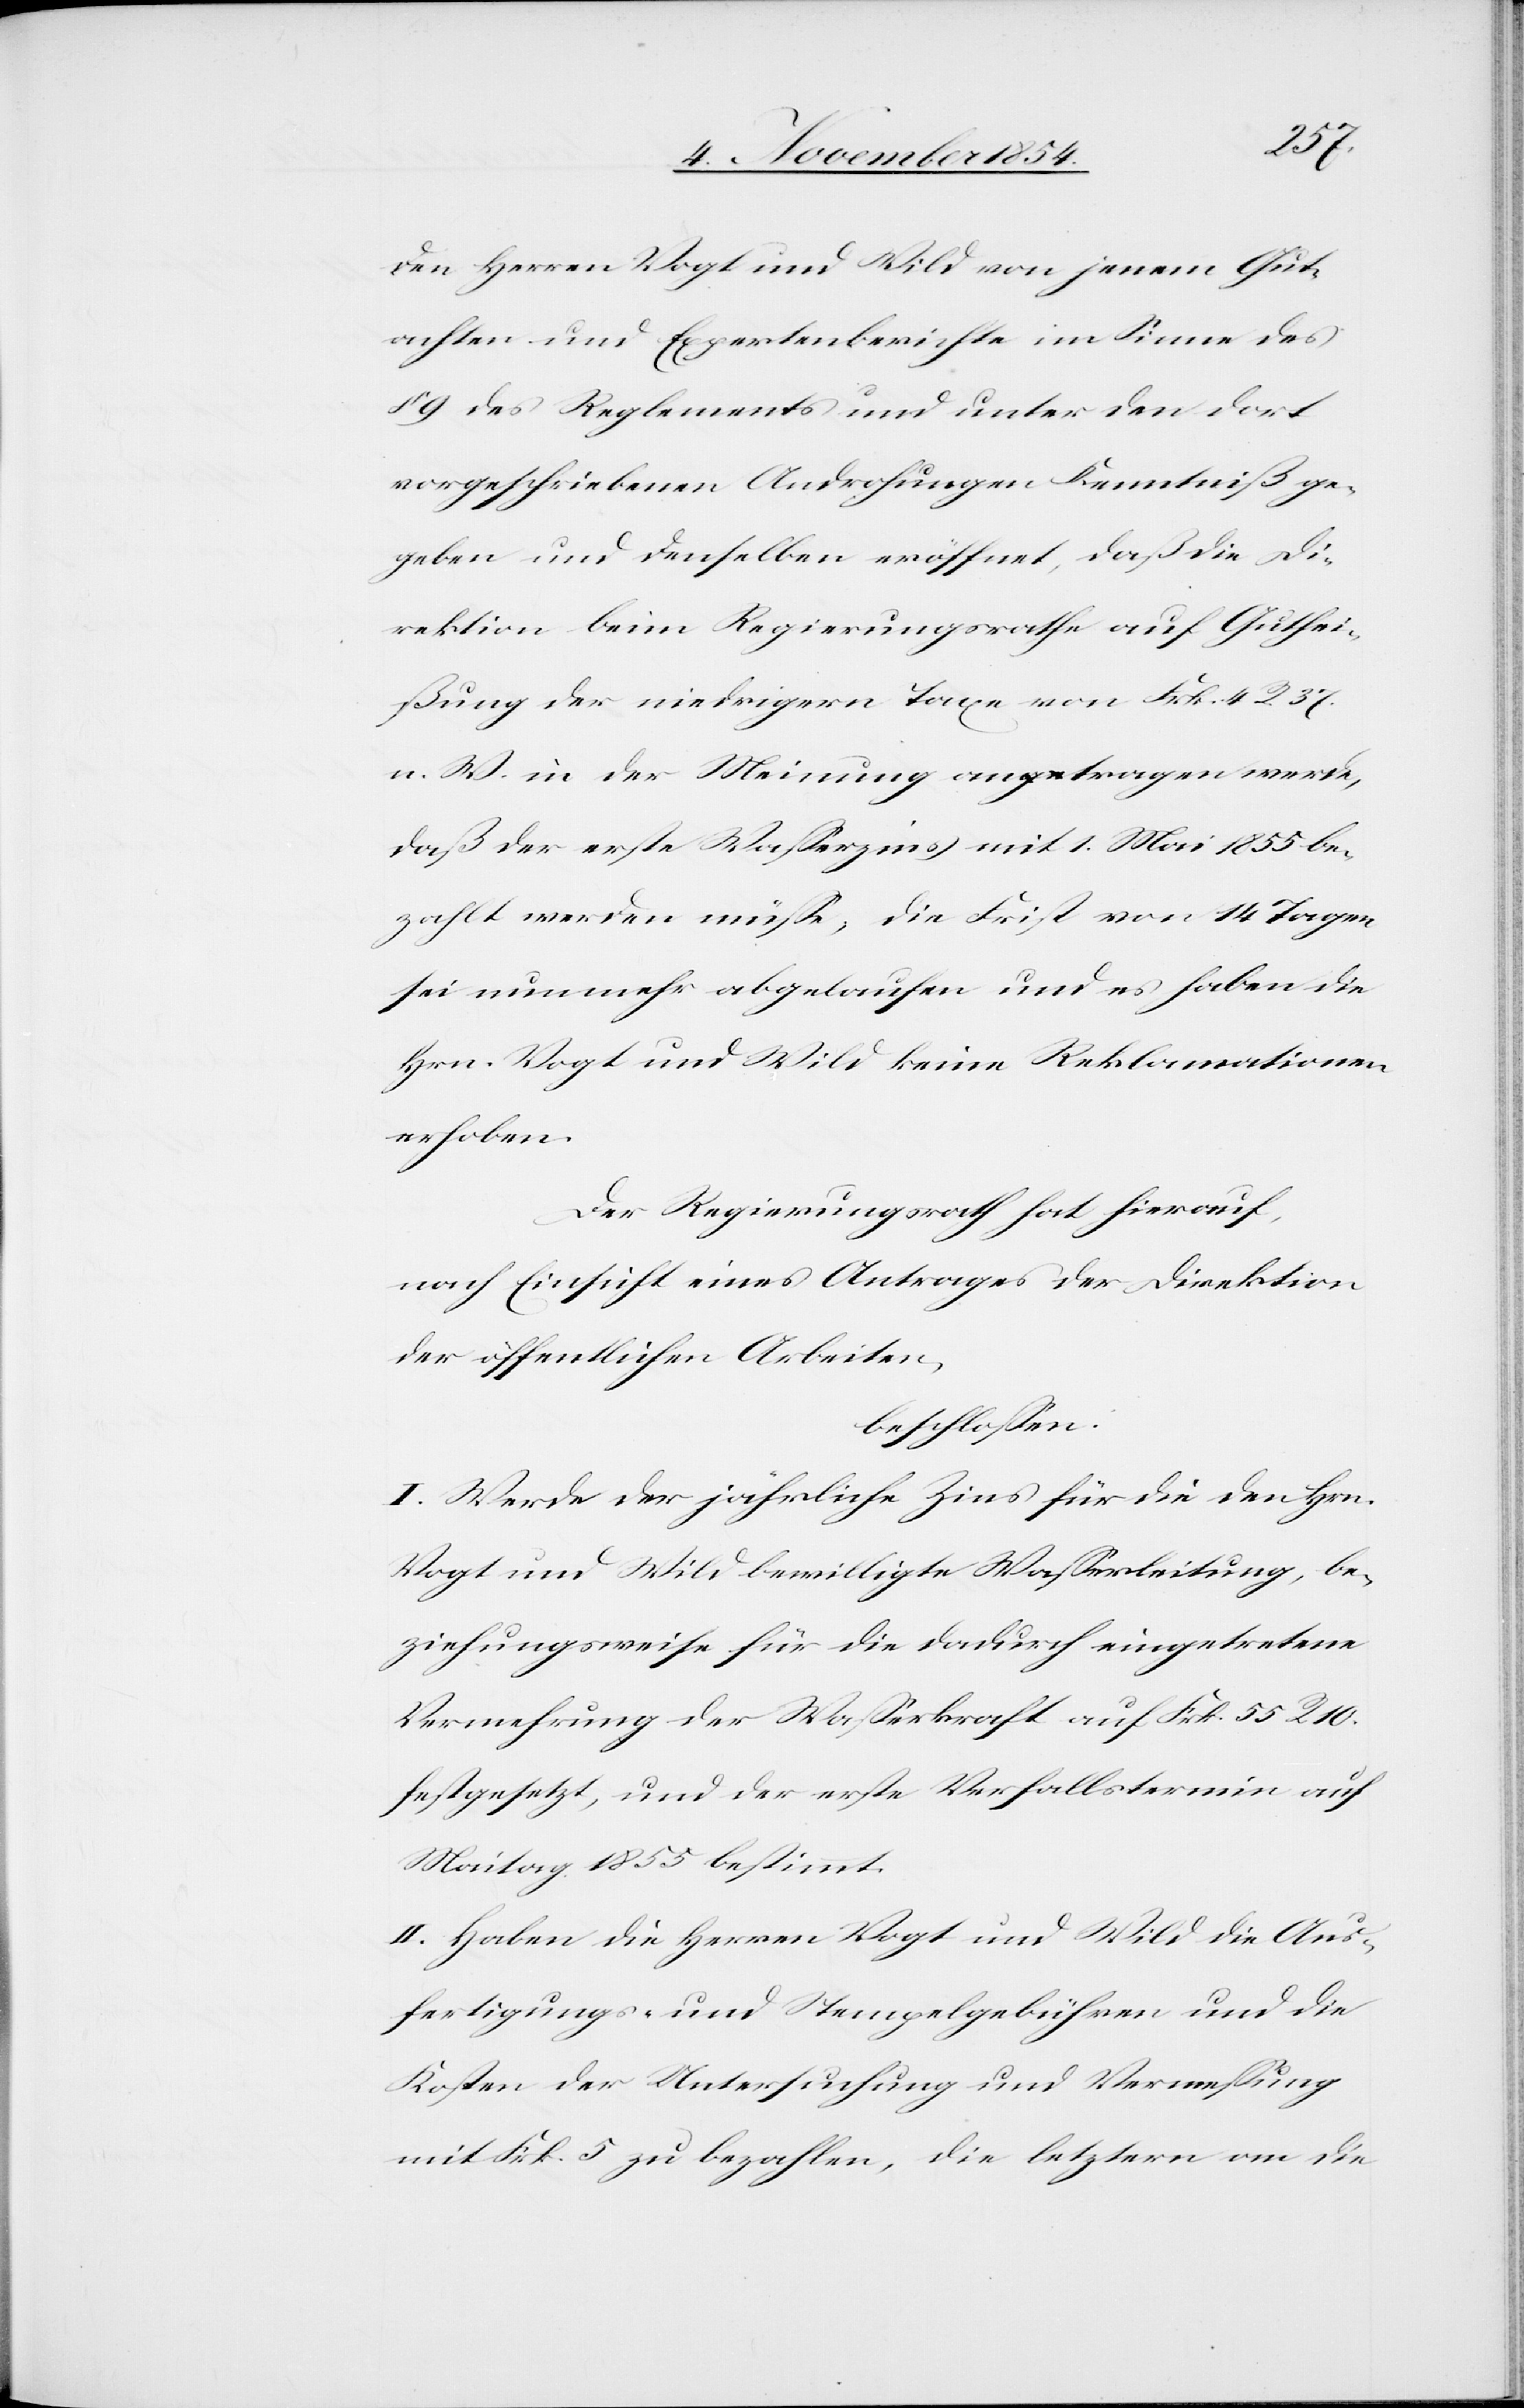
den Herren Vogt und Wild von jenem Gut¬
achten und Expertenberichte im Sinne des
9 des Reglements und unter den dort
vorgeschriebenen Androhungen Kenntniß ge¬
geben und denselben eröffnet, daß die Di¬
rektion beim Regierungsrathe auf Guthei¬
ßung der niedrigern Taxe von Frk. 4 R. 37.
n. W. in der Meinung antragen werde,
daß der erste Waßerzins mit 1. Mai 1855 be¬
zahlt werden müße, die Frist von 14 Tagen
sei nunmehr abgelaufen und es haben die
Hrn. Vogt und Wild keine Reklamationen
erhoben.
Der Regierungsrath hat hierauf,
nach Einsicht eines Antrages der Direktion
der öffentlichen Arbeiten,
beschloßen:
I. Werde der jährliche Zins für die den Hrn.
Vogt und Wild bewilligte Waßerleitung, be¬
ziehungsweise für die dadurch eingetretene
Vermehrung der Waßerkraft auf Frk. 55 R. 10.
festgesetzt, und der erste Verfallstermin auf
Maitag 1855 bestimmt.
II. Haben die Herren Vogt und Wild die Aus¬
fertigungs- und Stempelgebühren und die
Kosten der Untersuchung und Vermeßung
mit Frk. 5 zu bezahlen, die letztern an die